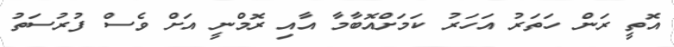
އޮތީ ރަން ހަތަރު އަހަރު ކަމަށްއޮބާމާ އާއި ރޮމްނީ އަށް ވެސް ފުރުސަތު